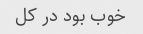
خوب بود در کل